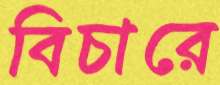
বিচারে